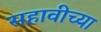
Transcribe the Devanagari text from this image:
सहावीच्या